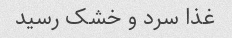
غذا سرد و خشک رسید